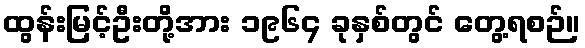
ထွန်းမြင့်ဦးတို့အား ၁၉၆၄ ခုနှစ်တွင် တွေ့ရစဉ်။